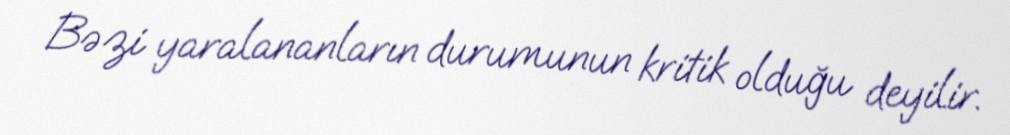
Bəzi yaralananların durumunun kritik olduğu deyilir.